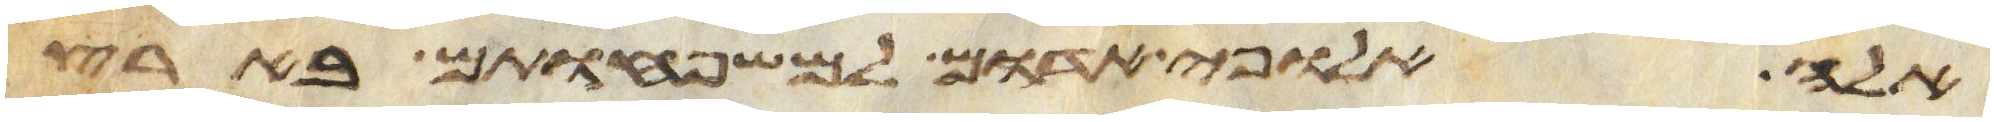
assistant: אלה אלופי אדום למשפחותם בארץ